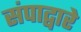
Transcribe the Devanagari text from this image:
संपाद्वारे